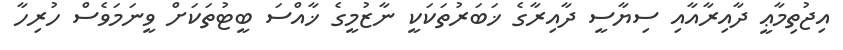
އިޖުތިމާޢީ ދާއިރާއާއި ސިޔާސީ ދާއިރާގެ ޚަބަރުތަކަކީ ނާޒުމީގެ ޚާއްސަ ބީޓުތަކަށް ވީނަމަވެސް ހުރިހާ